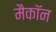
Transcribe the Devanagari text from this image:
मैकॉन